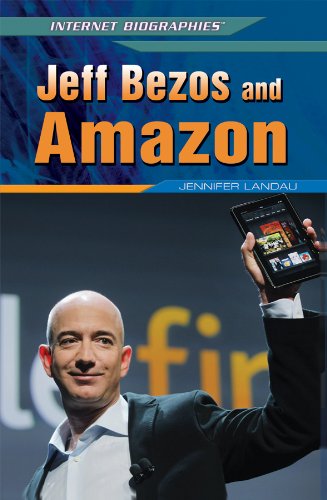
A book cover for Jeff Bezos and Amazon (Internet Biographies); Jennifer Landau; Teen & Young Adult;